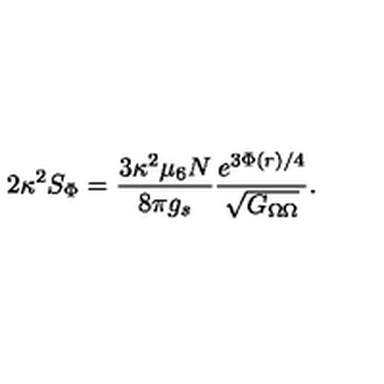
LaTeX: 2 \kappa ^ { 2 } S _ { \Phi } = { \frac { 3 \kappa ^ { 2 } \mu _ { 6 } N } { 8 \pi g _ { s } } } { \frac { e ^ { 3 \Phi ( r ) / 4 } } { \sqrt { G _ { \Omega \Omega } } } } .